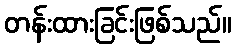
တန်းထားခြင်းဖြစ်သည်။